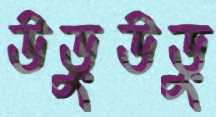
উড়ুউড়ু